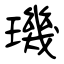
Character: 璣